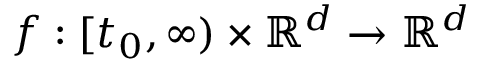
f : [ t _ { 0 } , \infty ) \times \mathbb { R } ^ { d } \to \mathbb { R } ^ { d }